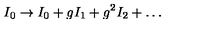
I _ { 0 } \rightarrow I _ { 0 } + g I _ { 1 } + g ^ { 2 } I _ { 2 } + \dots